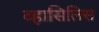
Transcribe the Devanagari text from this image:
व्हासिलिस